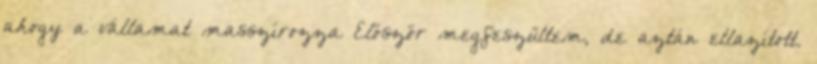
ahogy a vállamat masszírozza Először megfeszültem, de aztán ellazított.